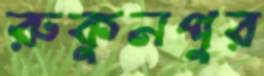
রুকুনপুর